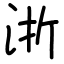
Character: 浙